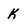
Character: K